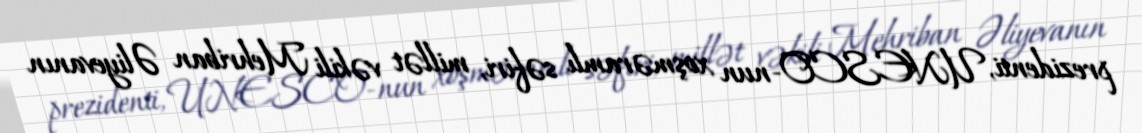
prezidenti, UNESCO-nun xoşməramlı səfiri, millət vəkili Mehriban Əliyevanın